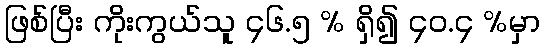
ဖြစ်ပြီး ကိုးကွယ်သူ ၄၆.၅ % ရှိ၍ ၄၀.၄ %မှာ